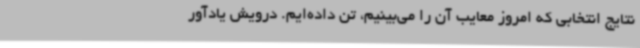
نتایج انتخابی که امروز معایب آن را می‌بینیم، تن داده‌ایم. درویش یادآور